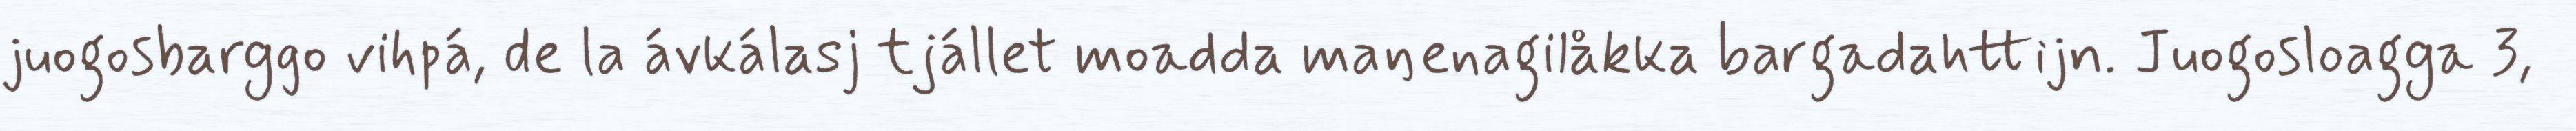
juogosbarggo vihpá, de la ávkálasj tjállet moadda maŋenagilåkka bargadahttijn. Juogosloagga 3,